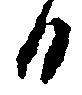
日